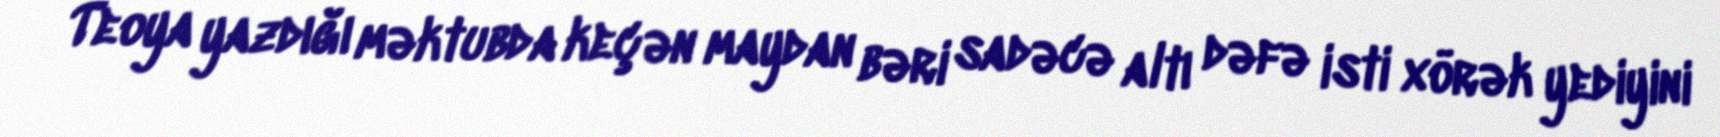
Teoya yazdığı məktubda keçən maydan bəri sadəcə altı dəfə isti xörək yediyini